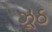
ઝૂઠ